Vaccination United Provinces of Agra and Oudh 1914-1922 - 1914-1922
Year: 1914
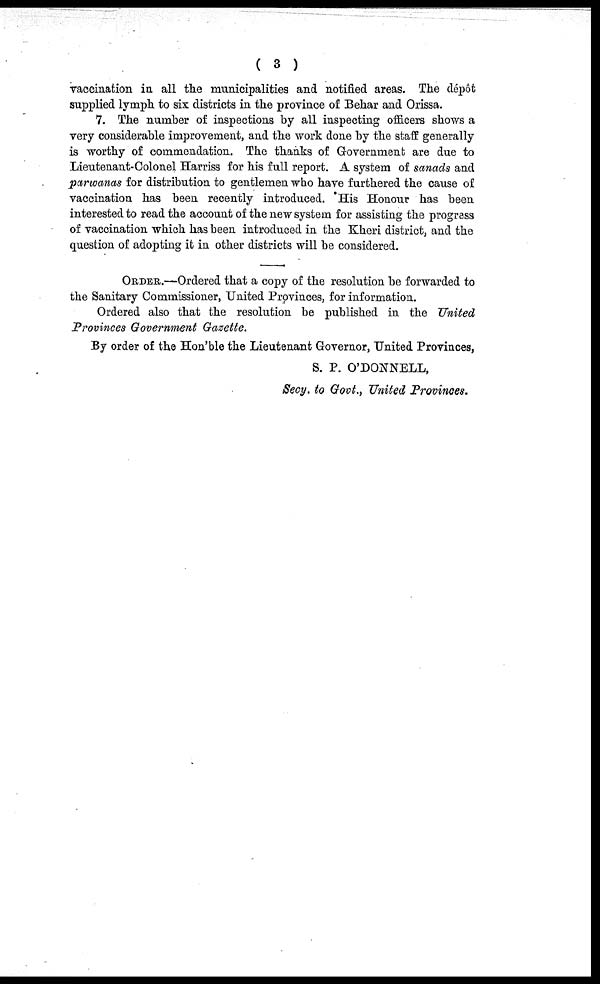
( 3 )
vaccination in all the municipalities and notified areas. The dépôt
supplied lymph to six districts in the province of Behar and Orissa.
7. The number of inspections by all inspecting officers shows a
very considerable improvement, and the work done by the staff generally
is worthy of commendation. The thanks of Government are due to
Lieutenant-Colonel Harriss for his full report. A system of sanads and
parwanas for distribution to gentlemen who have furthered the cause of
vaccination has been recently introduced. His Honour has been
interested to read the account of the new system for assisting the progress
of vaccination which has been introduced in the Kheri district, and the
question of adopting it in other districts will be considered.
ORDER.—Ordered that a copy of the resolution be forwarded to
the Sanitary Commissioner, United Provinces, for information.
Ordered also that the resolution be published in the United
Provinces Government Gazette.
By order of the Hon'ble the Lieutenant Governor, United Provinces,
S. P. O'DONNELL,
Secy, to Govt., United Provinces.